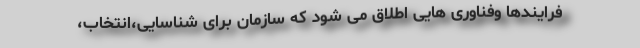
فرایندها وفناوری هایی اطلاق می شود که سازمان برای شناسایی،انتخاب،